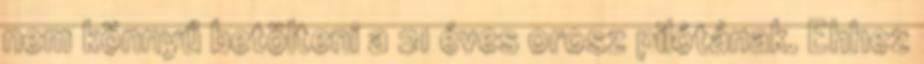
nem könnyű betölteni a 21 éves orosz pilótának. Ehhez